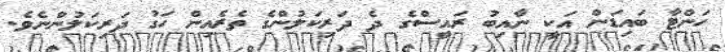
ހަންޓާ ބައިޑަން އަކީ ނާއިބު ރައީސްގެ ދެ ދަރިކަލުންގެ ތެރެއިން ހަގު ދަރިކަލުންނެވެ.